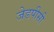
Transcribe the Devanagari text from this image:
जेडपीसी